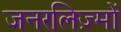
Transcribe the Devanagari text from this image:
जनरलिज़्मों